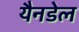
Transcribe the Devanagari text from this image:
यैनडेल